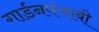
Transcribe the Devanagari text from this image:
गार्डनपंजाबी